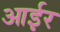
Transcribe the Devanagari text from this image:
आईर